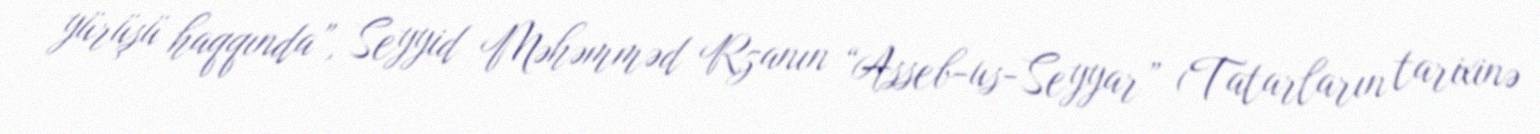
yürüşü haqqında”, Seyyid Məhəmməd Rzanın “Asseb-us-Seyyar” (Tatarların tarixinə